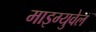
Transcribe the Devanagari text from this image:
माइग्युवेल